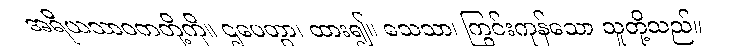
အရိယသာဝကတို့ကို။ ဌပေတွာ၊ ထား၍။ သေသာ၊ ကြွင်းကုန်သော သူတို့သည်။